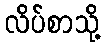
လိပ်စာသို့